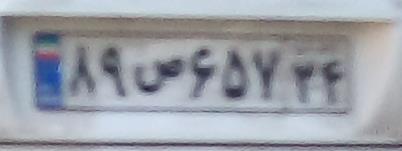
۸۹ص۶۵۷۳۴